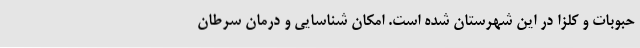
حبوبات و کلزا در این شهرستان شده است. امکان شناسایی و درمان سرطان